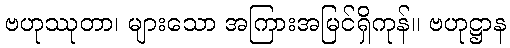
ဗဟုဿုတာ၊ များသော အကြားအမြင်ရှိကုန်။ ဗဟုဋ္ဌာန